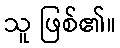
သူ ဖြစ်၏။